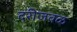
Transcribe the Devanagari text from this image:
दरीजवळ